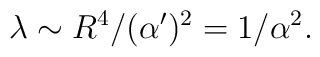
\lambda \sim R^4/(\alpha')^2 = 1/\alpha^2.